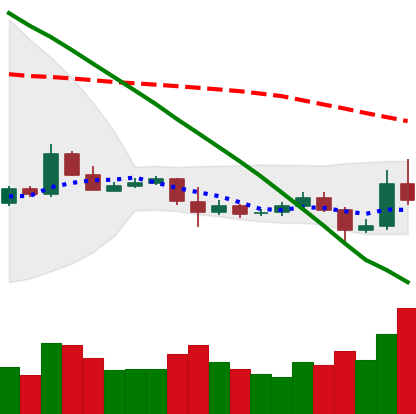
Ticker: ETC-USD
Chart end date: 2019-10-26
Forward return: 5.708%
Label: up_5_7